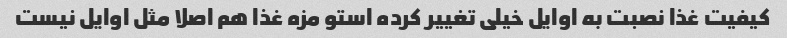
کیفیت غذا نصبت به اوایل خیلی تغییر کرده استو مزه غذا هم اصلا مثل اوایل نیست